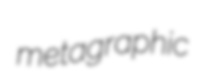
metagraphic